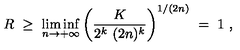
R \ \ge \ \liminf _ { n \to + \infty } \left( \frac K { 2 ^ { k } \ ( 2 n ) ^ { k } } \right) ^ { 1 / ( 2 n ) } \ = \ 1 \ ,